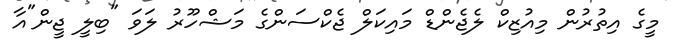
މީގެ އިތުރުން މިއުޒިކް ލެޖެންޑް މައިކަލް ޖެކްސަންގެ މަޝްހޫރު ލަވަ "ބިލީ ޖީން"އާ